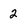
Character: 2